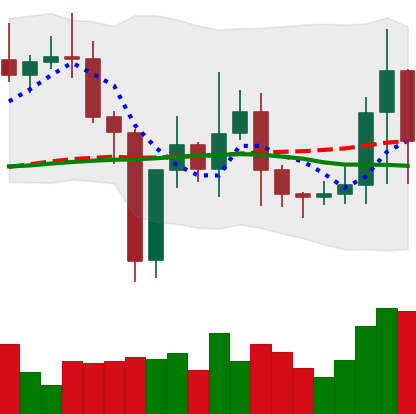
Ticker: TRX-USD
Chart end date: 2021-01-05
Forward return: 15.029%
Label: up_7plus